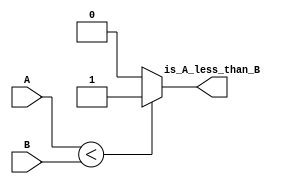
module comp_32b (
    input [31:0] A, B,
    output reg is_A_less_than_B
);
    always @(*) begin
        is_A_less_than_B = (A < B) ? 1'b1 : 1'b0;
    end
endmodule